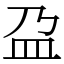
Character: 盁